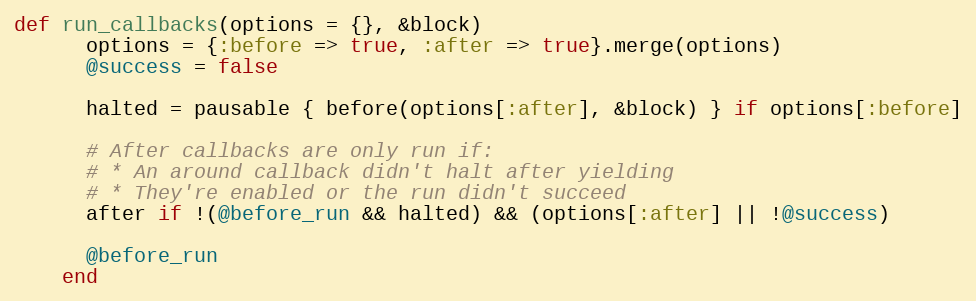
Language: Ruby
def run_callbacks(options = {}, &block)
      options = {:before => true, :after => true}.merge(options)
      @success = false

      halted = pausable { before(options[:after], &block) } if options[:before]

      # After callbacks are only run if:
      # * An around callback didn't halt after yielding
      # * They're enabled or the run didn't succeed
      after if !(@before_run && halted) && (options[:after] || !@success)

      @before_run
    end